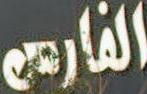
الفارسي